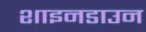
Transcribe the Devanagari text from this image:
शाइनडाउन